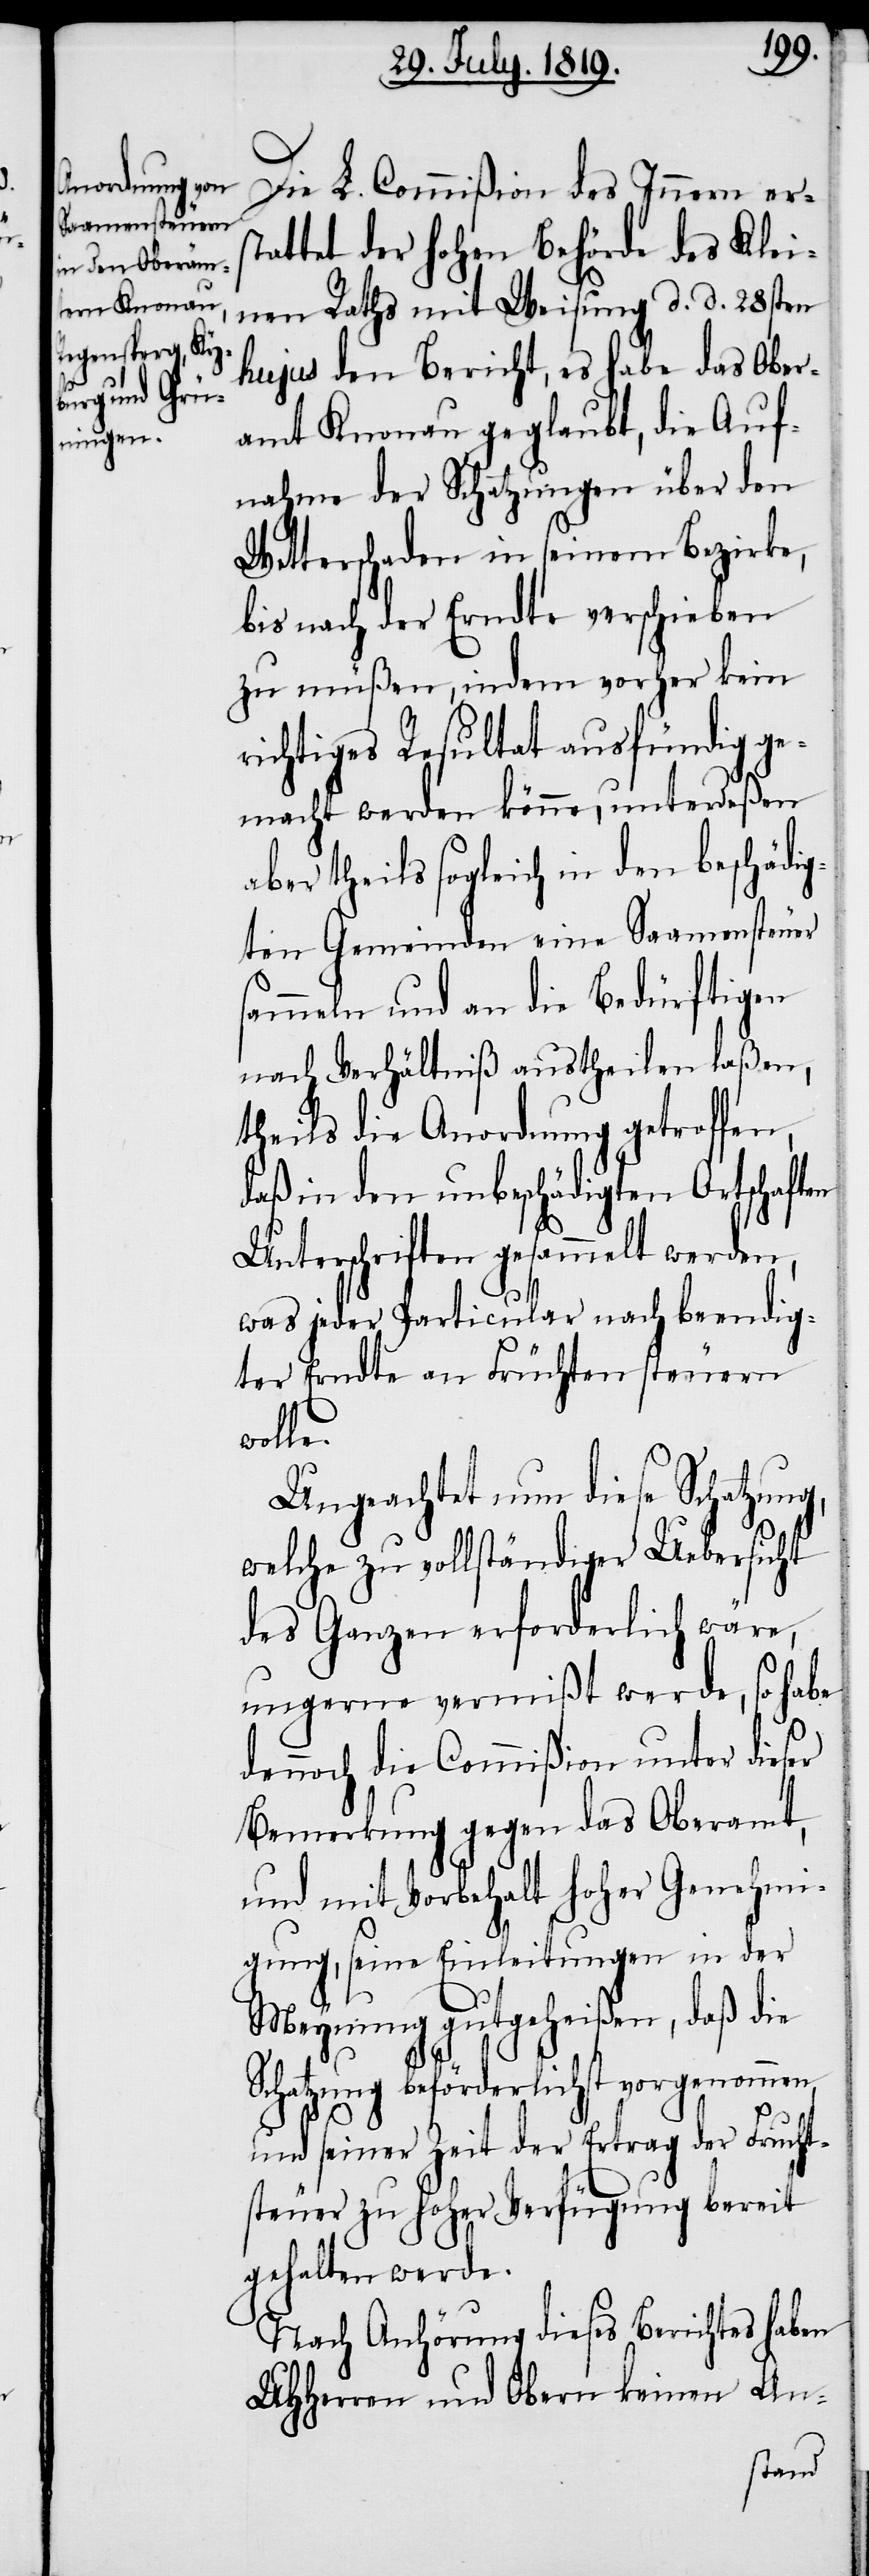
Die L. Commißion des Innern erst¬
attet der hohen Behörde des Klei¬
nen Raths mit Weisung d. d. 28sten
hujus den Bericht, es habe das Ober¬
amt Knonau geglaubt, die Auf¬
nahme der Schatzungen über den
Wetterschaden in seinem Bezirke,
bis nach der Erndte verschieben
zu müßen, indem vorher kein
richtiges Resultat ausfündig ge¬
macht werden könne, unterdeßen
aber theils sogleich in den beschädig¬
ten Gemeinden eine Saamensteuer
sammeln und an die Bedürftigen
nach Verhältniß austheilen laßen,
theils die Anordnung getroffen,
daß in den unbeschädigten Ortschaften
Unterschriften gesammelt werden,
was jeder Particular nach beendig¬
ter Erndte an Früchten steuern
wolle.
Ungeachtet nun diese Schatzung,
welche zu vollständiger Uebersicht
des Ganzen erforderlich wäre,
ungerne vermißt werde, so habe
dennoch die Commißion unter dieser
Bemerkung gegen das Oberamt,
und mit Vorbehalt hoher Genehmi¬
gung, seine Einleitungen in der
Meynung gutgeheißen, daß die
Schatzung beförderlichst vorgenommen,
und seiner Zeit der Ertrag der Frucht¬
steuer zu hoher Verfügung bereit
gehalten werde.
Nach Anhörung dieses Berichtes haben
UHHerren und Obern keinen An-